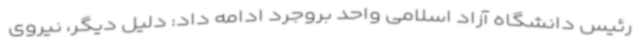
رئیس دانشگاه آزاد اسلامی واحد بروجرد ادامه داد: دلیل دیگر، نیروی